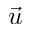
\vec { u }